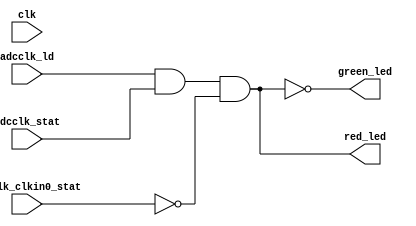
// Module to control front panel LED
// for the clock synthesizer status

module led_clksynth_status (
  input  wire clk,
  output wire red_led,
  output wire green_led,
  // status input signals
  input  wire adcclk_ld,         // PLL2 DLD, by default
  input  wire adcclk_stat,       // PLL1 DLD, by default
  input  wire adcclk_clkin0_stat // CLKin0 LOS, by default
);

// the LEDs are active low:
//    0 = LED on
//    1 = LED off

// Assignments right now:
//    green LED is on when clock synthesizer PLLs are locked and
//                         clock synthesizer input clock is present
//    red LED is on otherwise

assign green_led = ~(adcclk_ld & adcclk_stat & ~adcclk_clkin0_stat);
assign red_led   = ~green_led;

endmodule